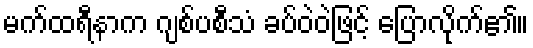
မက်ထရီနာက ဂျစ်ပစီသံ ခပ်ဝဲဝဲဖြင့် ပြောလိုက်၏။